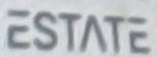
ESTATE